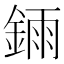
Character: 𫒧